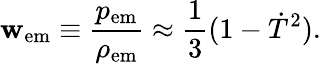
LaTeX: \mathbf{w}_{\mathrm{{em}}}\equiv\frac{{p_{\mathrm{{em}}}}}{{\rho_{\mathrm{{em}}}}}\approx\frac{{1}}{{3}}(1-\dot{{T}}^{2}).